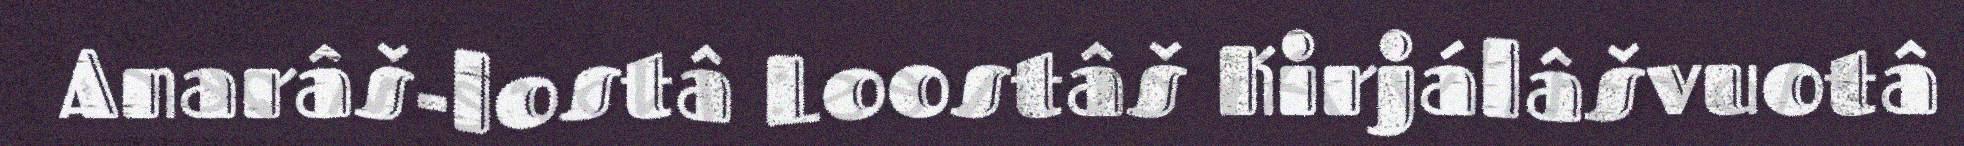
Anarâš-lostâ Loostâš Kirjálâšvuotâ